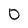
Character: 0